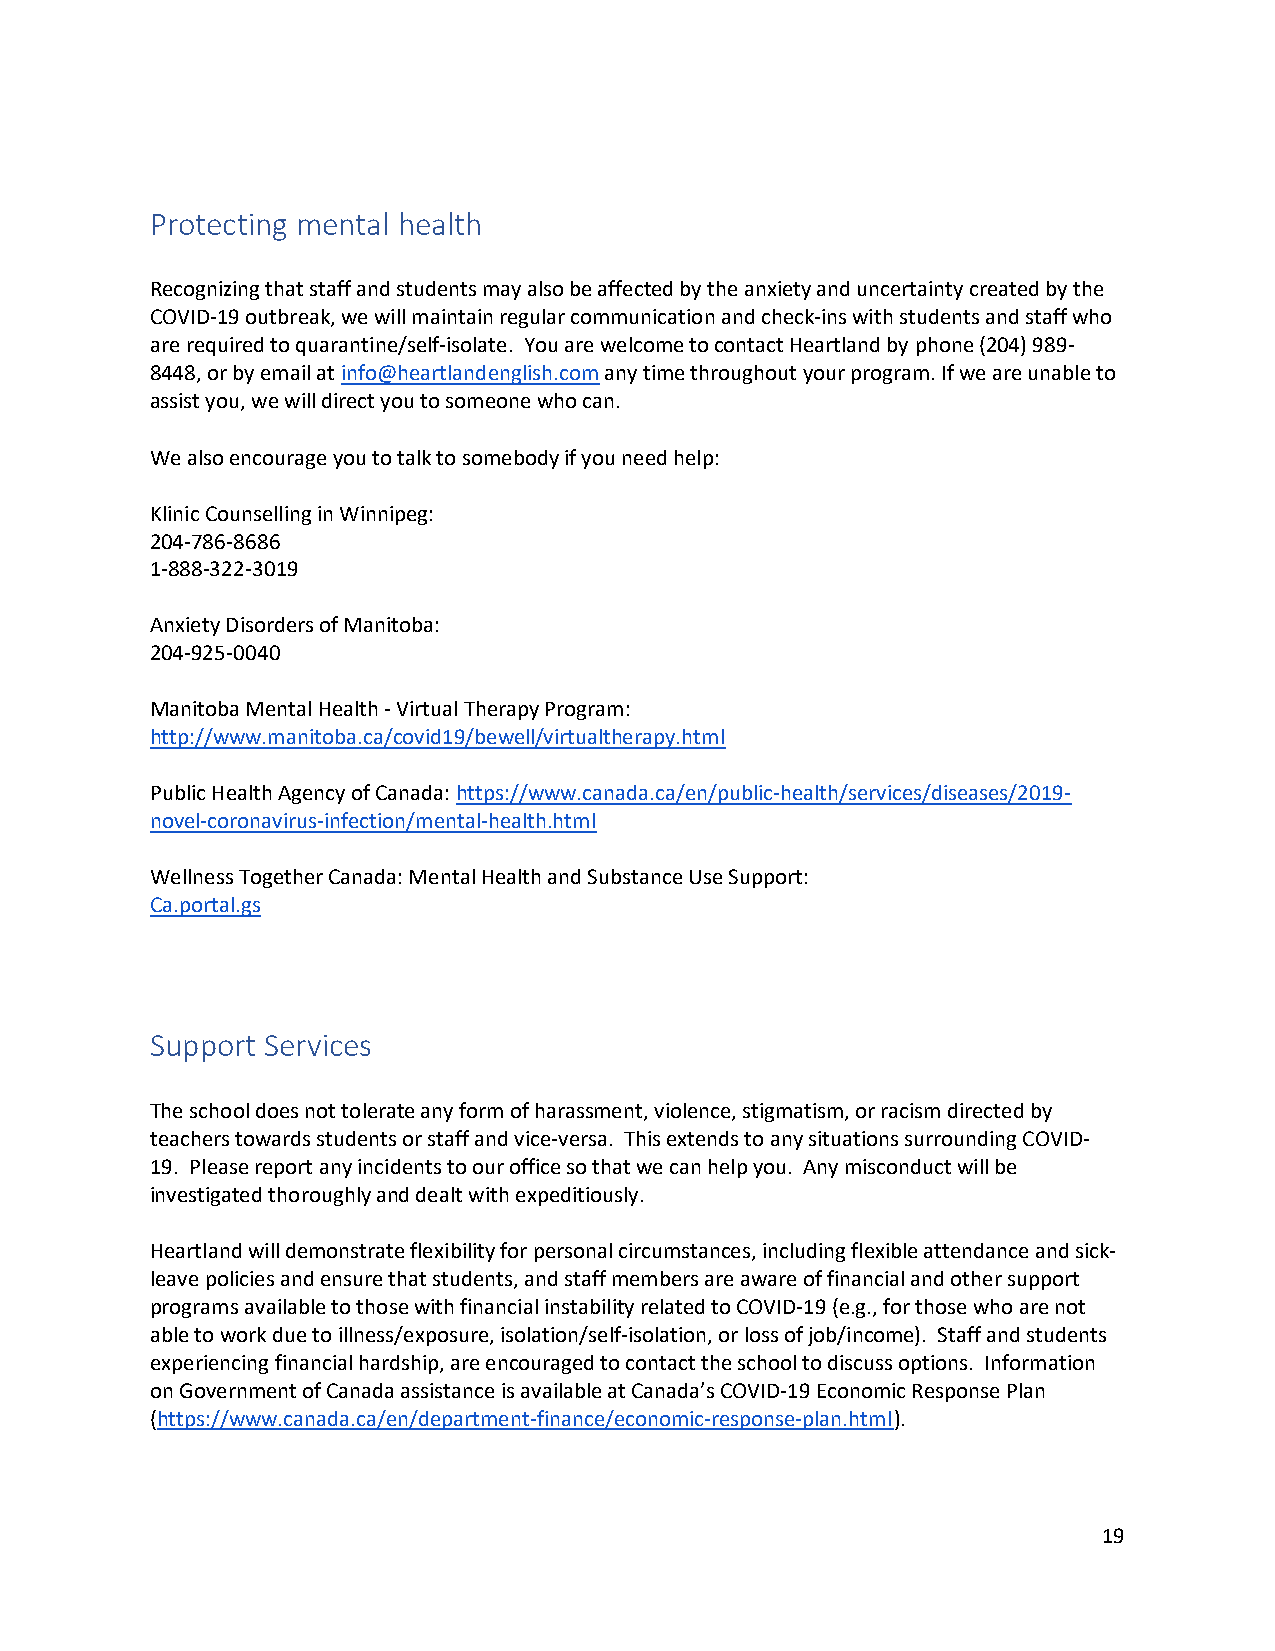
Protecting mental health
 Recognizing that staff and students may also be affected by the anxiety and uncertainty created by the
 COVID-19 outbreak, we will maintain regular communication and check-ins with students and staff who
 are required to quarantine/self-isolate. You are welcome to contact Heartland by phone (204) 989-
 8448, or by email at info@heartlandenglish.com any time throughout your program. If we are unable to
 assist you, we will direct you to someone who can.
 We also encourage you to talk to somebody if you need help:
 Klinic Counselling in Winnipeg:
 204-786-8686
 1-888-322-3019
 Anxiety Disorders of Manitoba:
 204-925-0040
 Manitoba Mental Health - Virtual Therapy Program:
 http://www.manitoba.ca/covid19/bewell/virtualtherapy.html
 Public Health Agency of Canada: https://www.canada.ca/en/public-health/services/diseases/2019-
 novel-coronavirus-infection/mental-health.html
 Wellness Together Canada: Mental Health and Substance Use Support:
 Ca.portal.gs
 Support Services
 The school does not tolerate any form of harassment, violence, stigmatism, or racism directed by
 teachers towards students or staff and vice-versa. This extends to any situations surrounding COVID-
 19. Please report any incidents to our office so that we can help you. Any misconduct will be
 investigated thoroughly and dealt with expeditiously.
 Heartland will demonstrate flexibility for personal circumstances, including flexible attendance and sick-
 leave policies and ensure that students, and staff members are aware of financial and other support
 programs available to those with financial instability related to COVID-19 (e.g., for those who are not
 able to work due to illness/exposure, isolation/self-isolation, or loss of job/income). Staff and students
 experiencing financial hardship, are encouraged to contact the school to discuss options. Information
 on Government of Canada assistance is available at Canada’s COVID-19 Economic Response Plan
 (https://www.canada.ca/en/department-finance/economic-response-plan.html).
 19